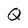
Character: Q